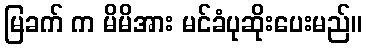
မြခက် က မိမိအား မင်ခံပုဆိုးပေးမည်။